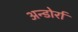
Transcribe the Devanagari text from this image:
अन्डोर्रा